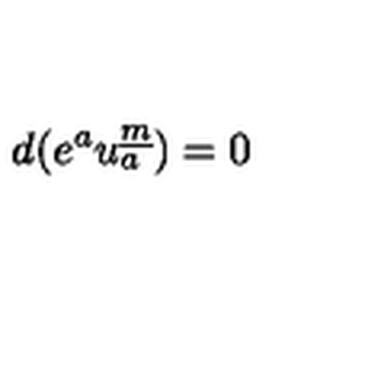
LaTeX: d ( e ^ { a } u _ { a } ^ { \underline { { m } } } ) = 0